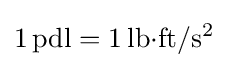
\mathrm {1\,pdl} =\mathrm {1\,lb{\cdot }ft/s^{2}}